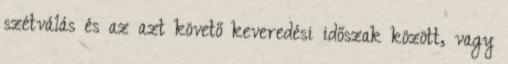
szétválás és az azt követő keveredési időszak között, vagy